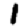
Digit: 1